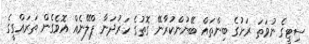
ސިޓީގެ ނުވަތަ ރަށުގެ ބިންތައް ބޭނުންކުރާނޭ ގޮތުގެ ހަރުދަނާ ޕްލޭނެއް އޮވެގެން ތަރައްގީގެ